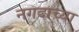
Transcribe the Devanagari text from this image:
नगदाच्या